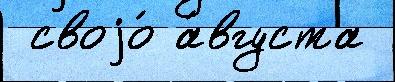
 своjо́ а́вгуста